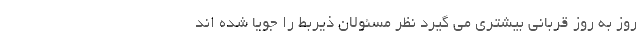
روز به روز قربانی بیشتری می گیرد نظر مسئولان ذیربط را جویا شده اند